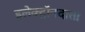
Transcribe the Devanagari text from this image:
इलेक्ट्रॉनदाता